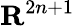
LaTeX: \mathbf{R}^{2n+1}